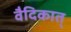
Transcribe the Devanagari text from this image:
वैदिकात्